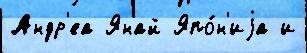
Андр'еа Янай Япо́н'иjа и